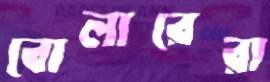
বোলারেরা